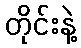
တိုင်းနဲ့